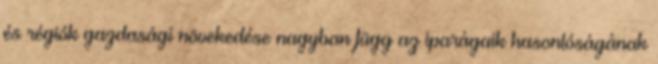
és régiók gazdasági növekedése nagyban függ az iparágaik hasonlóságának